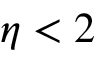
\eta < 2